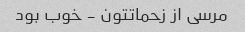
مرسی از زحماتتون - خوب بود